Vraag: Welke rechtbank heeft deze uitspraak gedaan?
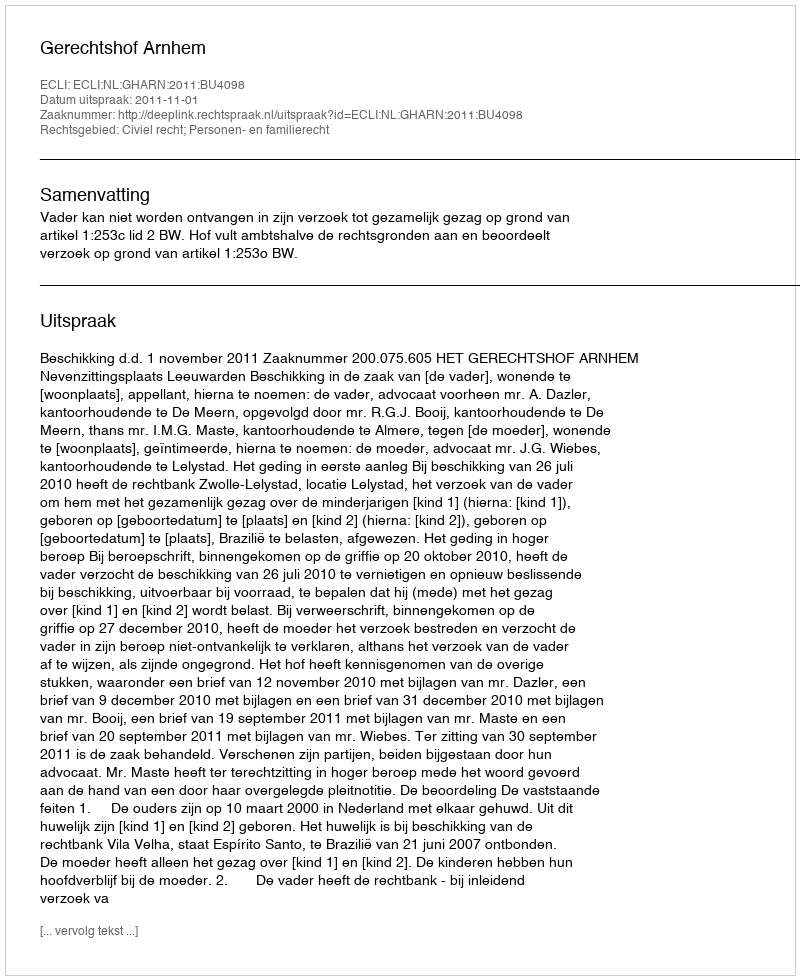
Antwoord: Gerechtshof Arnhem